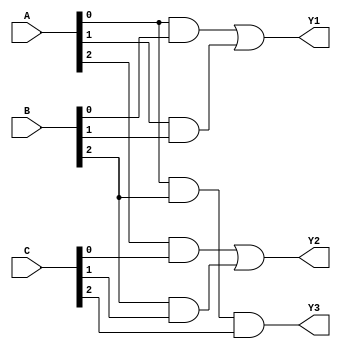
module masked_pal (
    input wire [2:0] A,    // 3-bit input A
    input wire [2:0] B,    // 3-bit input B
    input wire [2:0] C,    // 3-bit input C
    output wire Y1,        // Output Y1
    output wire Y2,        // Output Y2
    output wire Y3         // Output Y3
);

// AND array (programmable)
wire and_out0, and_out1, and_out2, and_out3, and_out4;

// Example of programmable AND gates
assign and_out0 = A[0] & B[0];            // AND gate 0
assign and_out1 = A[1] & B[1];            // AND gate 1
assign and_out2 = A[2] & C[0];            // AND gate 2
assign and_out3 = B[2] & C[1];            // AND gate 3
assign and_out4 = A[0] & B[2] & C[2];     // AND gate 4

// OR array (fixed)
assign Y1 = and_out0 | and_out1;          // OR gate for Y1
assign Y2 = and_out2 | and_out3;          // OR gate for Y2
assign Y3 = and_out4;                      // Directly output from AND gate 4

endmodule